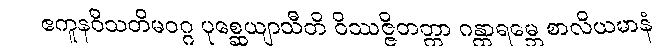
ဧကူနဝီသတိမဝဂ္ဂ ပုစ္ဆေယျာသီတိ ဝိဿဇ္ဇိတတ္တာ ဂန္ထာရမ္ဘေ စာလိယမာနံ